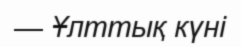
— Ұлттық күні